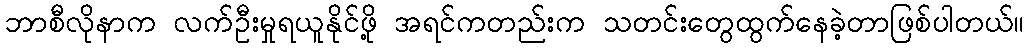
ဘာစီလိုနာက လက်ဦးမှုရယူနိုင်ဖို့ အရင်ကတည်းက သတင်းတွေထွက်နေခဲ့တာဖြစ်ပါတယ်။